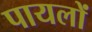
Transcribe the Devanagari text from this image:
पायलों